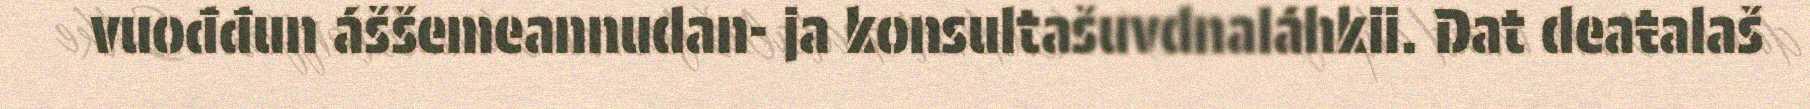
vuođđun áššemeannudan- ja konsultašuvdnaláhkii. Dat deaŧalaš